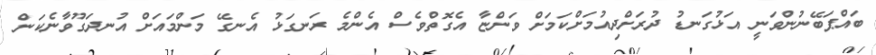
ބައްޕަބޭނުންވަނީ އަޅުގަނޑު ދުރަށްދިއުމަށްކަމަށް ވަންޏާ އެގޮތްވެސް އެންމެ ރަނގަޅު އެނގޭ މަންމައަށް އުނދަގޫވާނެކަން